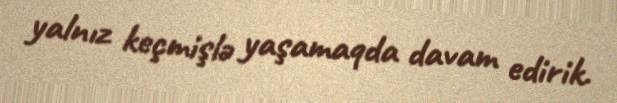
yalnız keçmişlə yaşamaqda davam edirik.